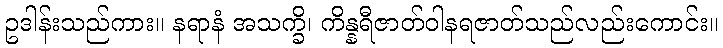
ဥဒါန်းသည်ကား။ နရာနံ အသက္ခိ၊ ကိန္နရီဇာတ်ဝါနရဇာတ်သည်လည်းကောင်း။